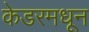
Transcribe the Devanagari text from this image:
केडरमधून